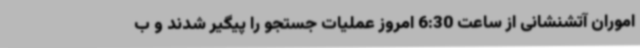
اموران آتشنشانی از ساعت 6:30 امروز عملیات جستجو را پیگیر شدند و ب